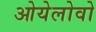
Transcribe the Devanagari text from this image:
ओयेलोवो